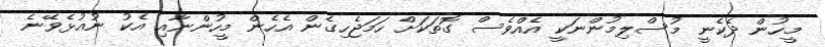
މީހުން ދެކެނީ މުސްލިމުންނަކީ އެއްވެސް ގޮތަކަށް ހަމަޖެހިގެން އެހެން މީހުންނާއި އެކު ނުއުޅެވޭނެ